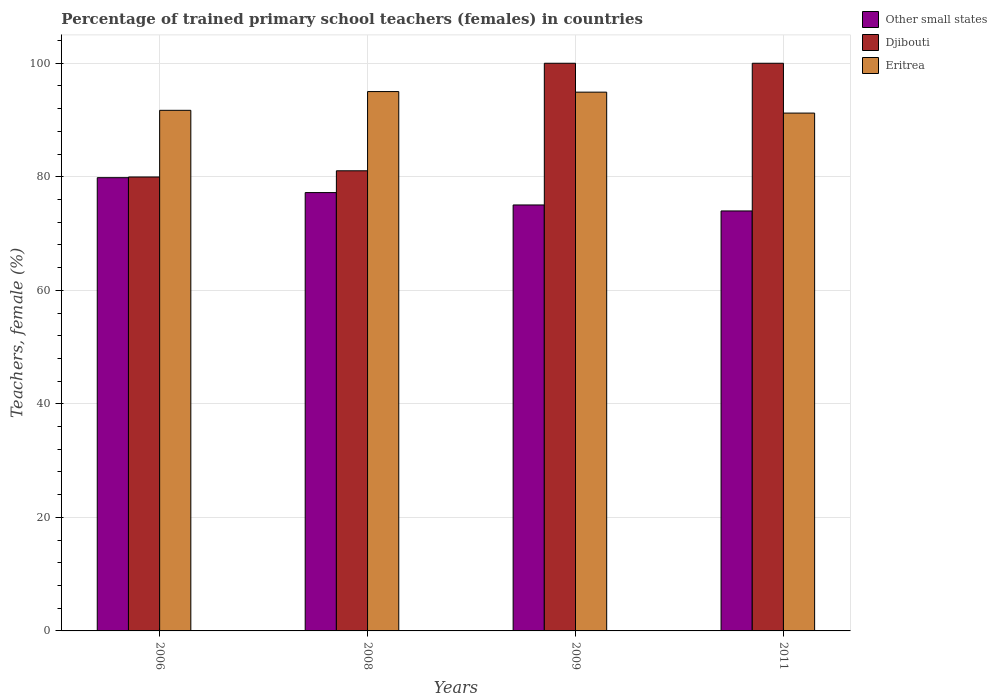
| Years | Other small states | Djibouti | Eritrea |
 | --- | --- | --- | --- |
 | 2006 | 79.8 | 80 | 91.7 |
 | 2008 | 77.2 | 81.1 | 95 |
 | 2009 | 75 | 100 | 94.9 |
 | 2011 | 74 | 100 | 91.2 |